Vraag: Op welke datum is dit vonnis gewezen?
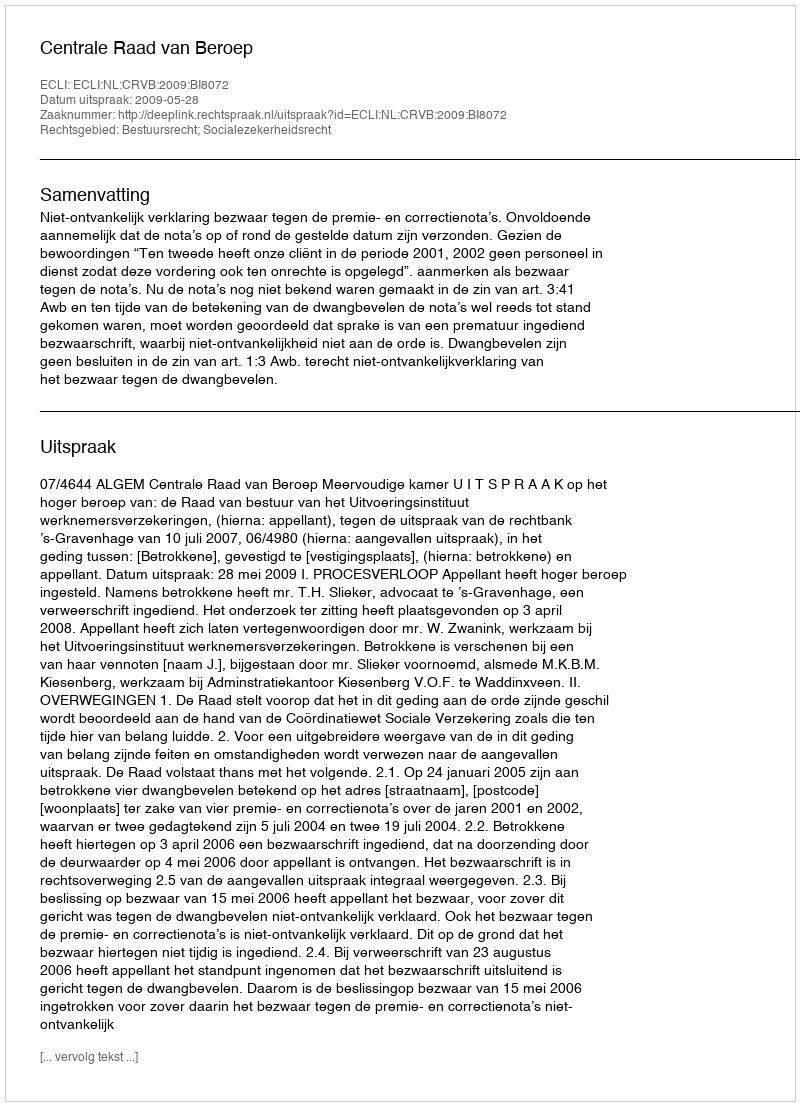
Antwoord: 2009-05-28